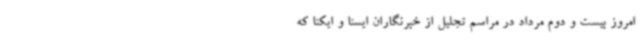
امروز بیست و دوم مرداد در مراسم تجلیل از خبرنگاران ایسنا و ایکنا که